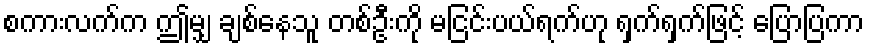
စကားလက်က ဤမျှ ချစ်နေသူ တစ်ဦးကို မငြင်းပယ်ရက်ဟု ရှက်ရှက်ဖြင့် ပြောပြကာ